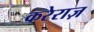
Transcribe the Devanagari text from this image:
करेराज़